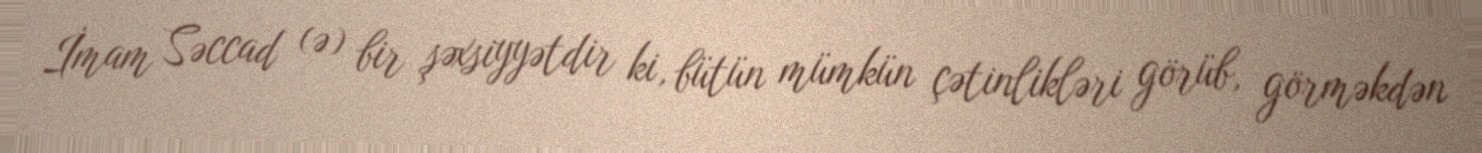
İmam Səccad (ə) bir şəxsiyyətdir ki, bütün mümkün çətinlikləri görüb, görməkdən